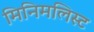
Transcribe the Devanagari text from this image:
मिनिमलिस्ट